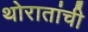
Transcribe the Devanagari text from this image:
थोरातांची